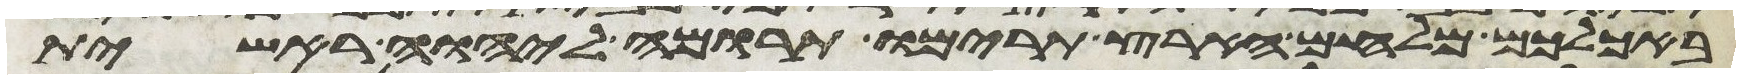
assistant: באכלכם מלחם הארץ תרימו תרומה ליהוה ראשית